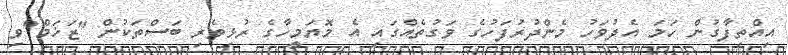
އިއްތިފާގުން ހަމަ އެދުވަހު މެންދުރުފަހުގެ ވަގުތެއްގައި އެ މޮޔަމީހާގެ ރުޅިވެރި ބަސްތަކުން "ޒަޚަމް"ވި